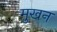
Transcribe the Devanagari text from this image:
मुखन